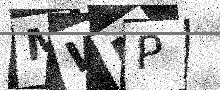
Text: MWMP